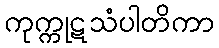
ကုက္ကုဋသံပါတိကာ